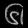
Digit: ၆